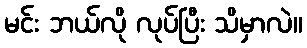
မင်း ဘယ်လို လုပ်ပြီး သိမှာလဲ။